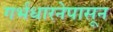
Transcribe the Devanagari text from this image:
गर्भधारनेपासून